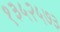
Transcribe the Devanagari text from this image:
१३५२५७३